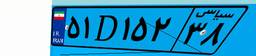
۵۱D۱۵۲۳۸